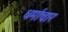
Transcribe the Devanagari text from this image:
धर्माचार